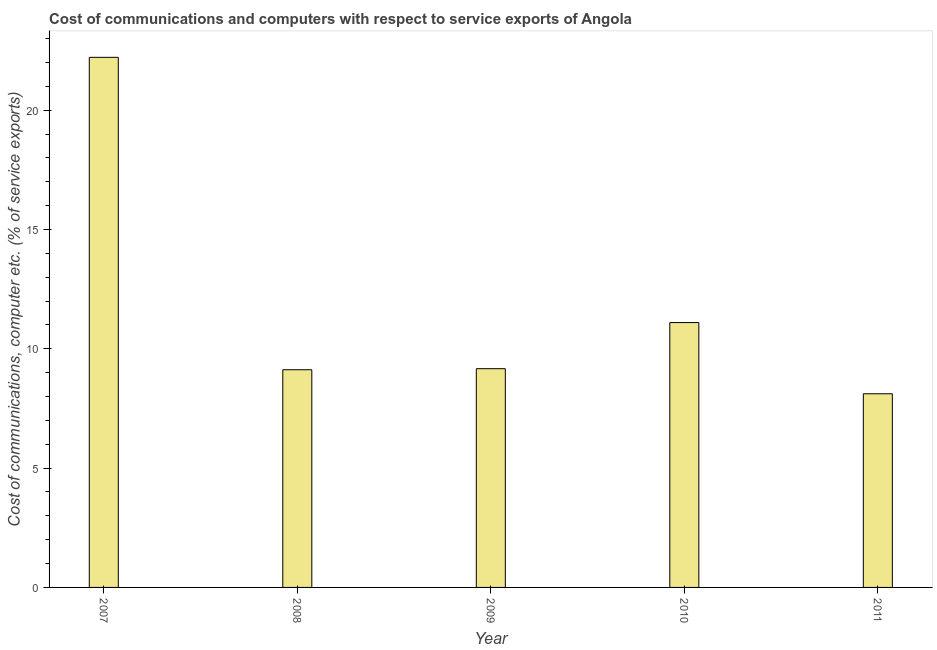
| Year | Communications |
 | --- | --- |
 | 2007 | 22.2 |
 | 2008 | 9.12 |
 | 2009 | 9.17 |
 | 2010 | 11.1 |
 | 2011 | 8.11 |